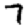
Digit: 7